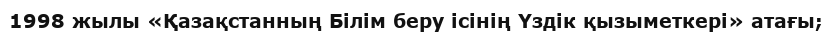
1998 жылы «Қазақстанның Білім беру ісінің Үздік қызыметкері» атағы;